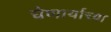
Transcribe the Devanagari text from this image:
घेणार्याच्या